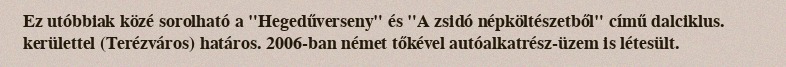
Ez utóbbiak közé sorolható a "Hegedűverseny" és "A zsidó népköltészetből" című dalciklus. kerülettel (Terézváros) határos. 2006-ban német tőkével autóalkatrész-üzem is létesült.